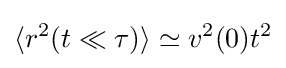
\langle r^{2}(t\ll \tau )\rangle \simeq v^{2}(0)t^{2}